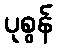
ပုစွန်